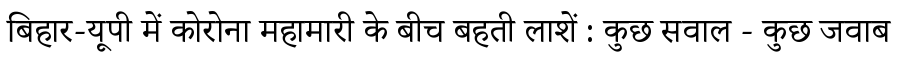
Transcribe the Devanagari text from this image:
बिहार-यूपी में कोरोना महामारी के बीच बहती लाशें : कुछ सवाल - कुछ जवाब